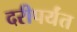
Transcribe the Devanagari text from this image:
दरीपर्यंत